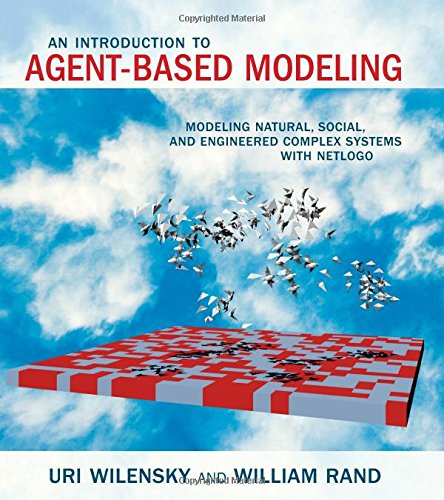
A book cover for An Introduction to Agent-Based Modeling: Modeling Natural, Social, and Engineered Complex Systems with NetLogo; Uri Wilensky; Computers & Technology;